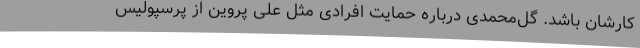
کارشان باشد. گل‌محمدی درباره حمایت افرادی مثل علی پروین از پرسپولیس